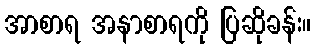
အာစာရ အနာစာရကို ပြဆိုခန်း။